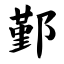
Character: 鄞